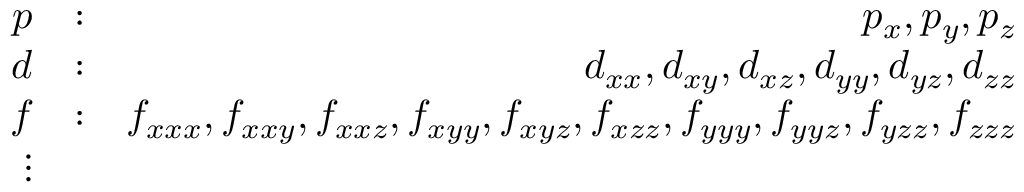
\begin{array} { r l r } { p } & { : } & { p _ { x } , p _ { y } , p _ { z } } \\ { d } & { : } & { d _ { x x } , d _ { x y } , d _ { x z } , d _ { y y } , d _ { y z } , d _ { z z } } \\ { f } & { : } & { f _ { x x x } , f _ { x x y } , f _ { x x z } , f _ { x y y } , f _ { x y z } , f _ { x z z } , f _ { y y y } , f _ { y y z } , f _ { y z z } , f _ { z z z } } \\ { \vdots } \end{array}